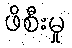
ဖိစီးမှု